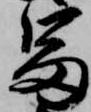
冨